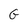
Character: G